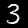
Digit: 3